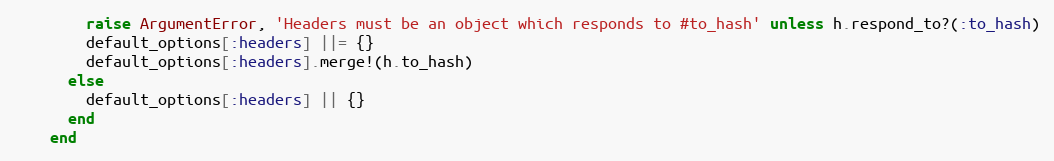
Language: Ruby
        raise ArgumentError, 'Headers must be an object which responds to #to_hash' unless h.respond_to?(:to_hash)
        default_options[:headers] ||= {}
        default_options[:headers].merge!(h.to_hash)
      else
        default_options[:headers] || {}
      end
    end